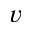
v